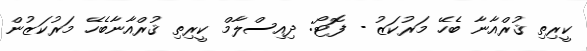
ކީރިތި ޤުރްއާނާ ބެހޭ މަރުކަޒު - ފޮޓޯ: ދިއިސްލާމް ކީރިތި ޤުރްއާނާބެހޭ މަރުކަޒުން